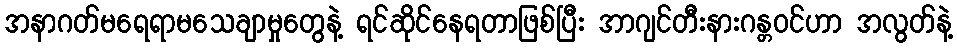
အနာဂတ်မရေရာမသေချာမှုတွေနဲ့ ရင်ဆိုင်နေရတာဖြစ်ပြီး အာဂျင်တီးနားဂန္တဝင်ဟာ အလွတ်နဲ့